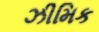
ઝીમિક